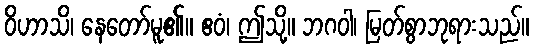
ဝိဟာသိ၊ နေတော်မူ၏။ ဧဝံ၊ ဤသို့။ ဘဂဝါ၊ မြတ်စွာဘုရားသည်။